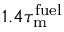
1 . 4 \tau _ { \mathrm { m } } ^ { \mathrm { f u e l } }